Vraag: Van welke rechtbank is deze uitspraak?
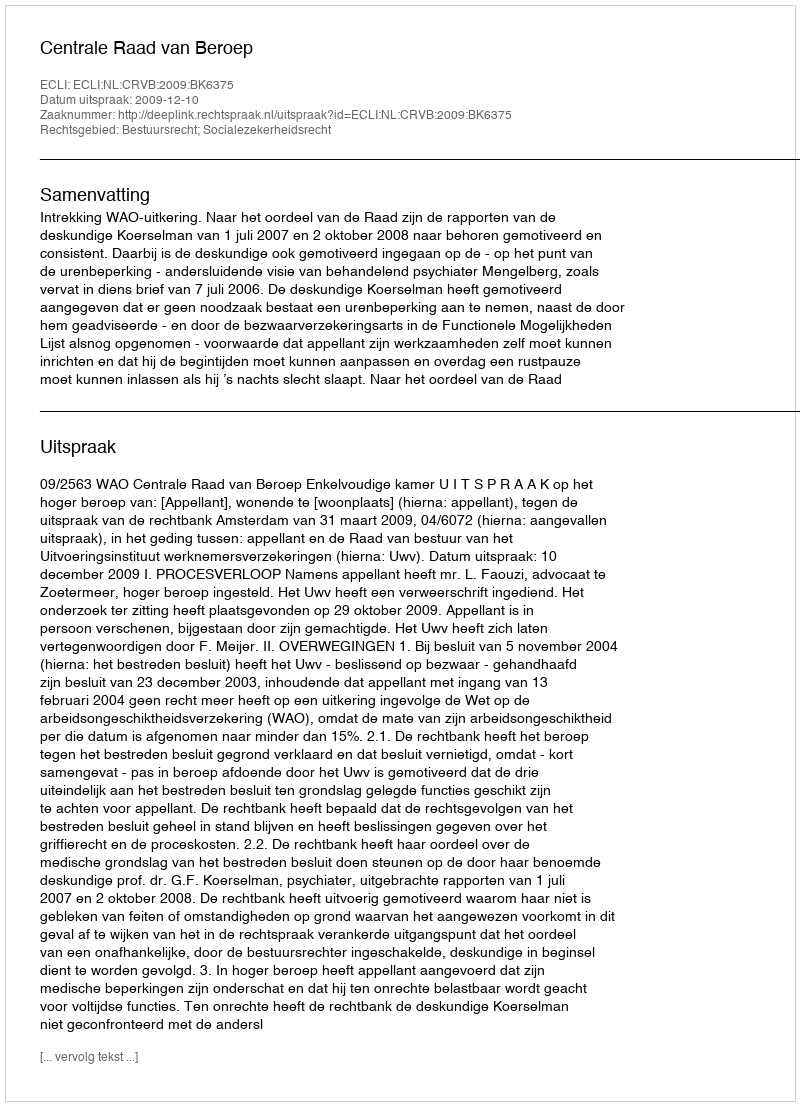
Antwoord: Centrale Raad van Beroep